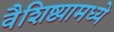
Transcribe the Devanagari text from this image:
वैशिष्ट्यामध्ये